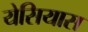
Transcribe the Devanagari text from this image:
येसियास